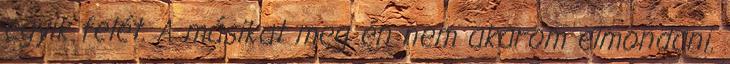
egyik felét. A másikat meg én nem akarom elmondani.